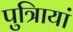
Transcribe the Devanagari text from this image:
पुत्रिायां